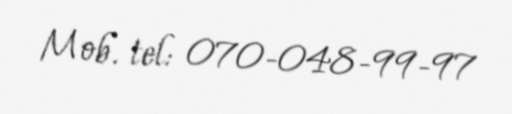
Mob. tel: 070-048-99-97